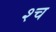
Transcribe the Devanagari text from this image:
श्‍च